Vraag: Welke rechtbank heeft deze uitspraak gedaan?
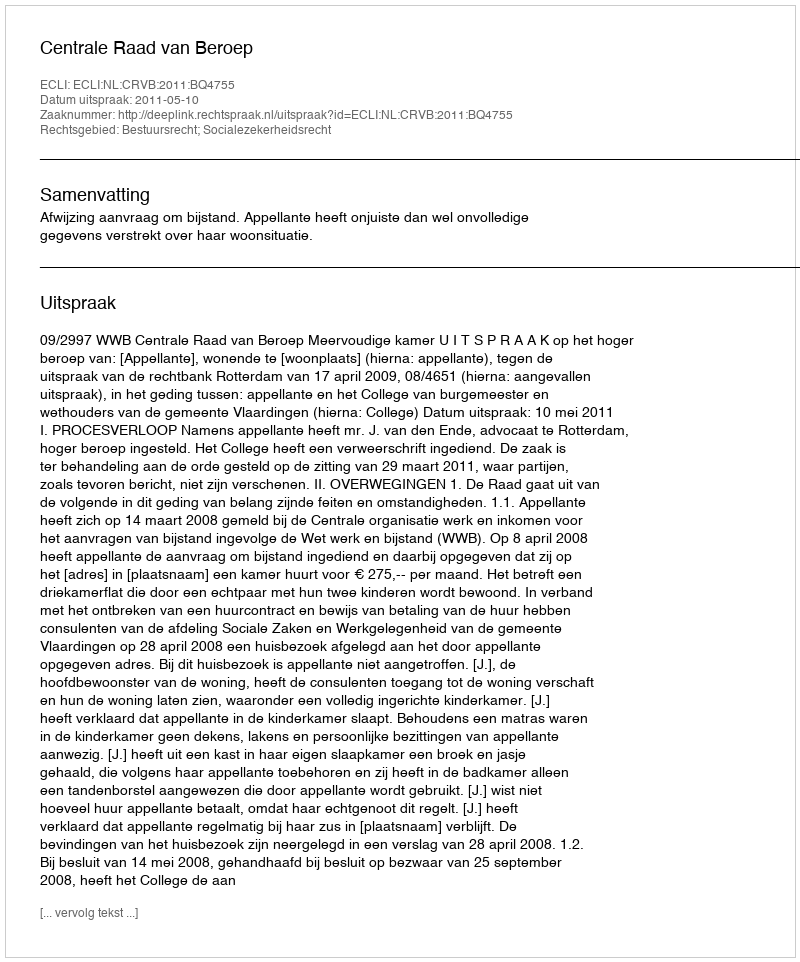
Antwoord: Centrale Raad van Beroep